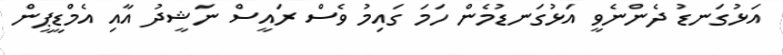
އަޅުގަނޑު ދެންނެވީ އަޅުގަނޑުމެން ހަމަ ގައިމު ވެސް ރައީސް ނަޝީދު އާއި އެމްޑީޕީން